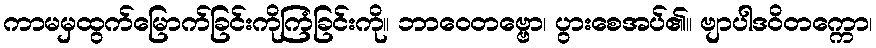
ကာမမှထွက်မြောက်ခြင်းကိုကြံခြင်းကို။ ဘာဝေတဗ္ဗော၊ ပွားစေအပ်၏။ ဗျာပါဒဝိတက္ကော၊